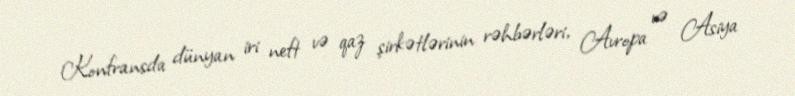
Konfransda dünyan iri neft və qaz şirkətlərinin rəhbərləri, Avropa və Asiya